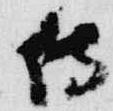
侍